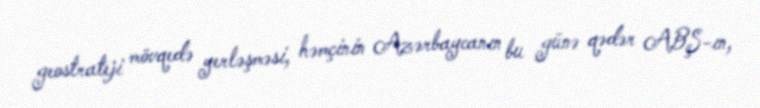
geostrateji mövqedə yerləşməsi, həmçinin Azərbaycanın bu günə qədər ABŞ-ın,